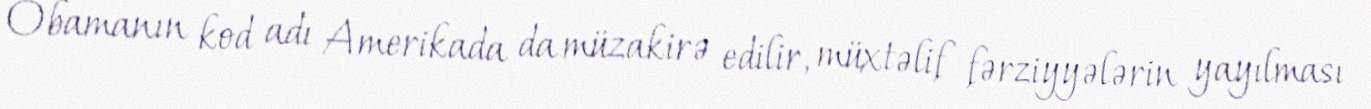
Obamanın kod adı Amerikada da müzakirə edilir, müxtəlif fərziyyələrin yayılması